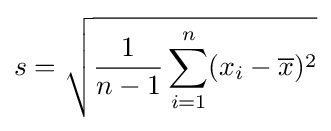
s={\sqrt {{\frac {1}{n-1}}\sum _{i=1}^{n}(x_{i}-{\overline {x}})^{2}}}